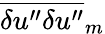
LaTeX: \overline{{{\delta u^{\prime\prime}\delta u^{\prime\prime}}}}_{m}